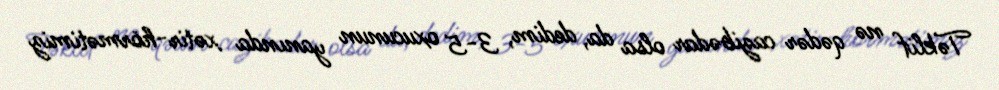
Təklif nə qədər cazibədar olsa da, dedim, 3-5 oxucunun yanında xətir-hörmətimiz